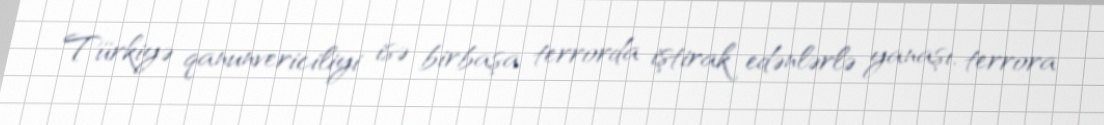
Türkiyə qanunvericiliyi isə birbaşa terrorda iştirak edənlərlə yanaşı, terrora